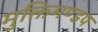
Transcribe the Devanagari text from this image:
मुक्तिमण्डप